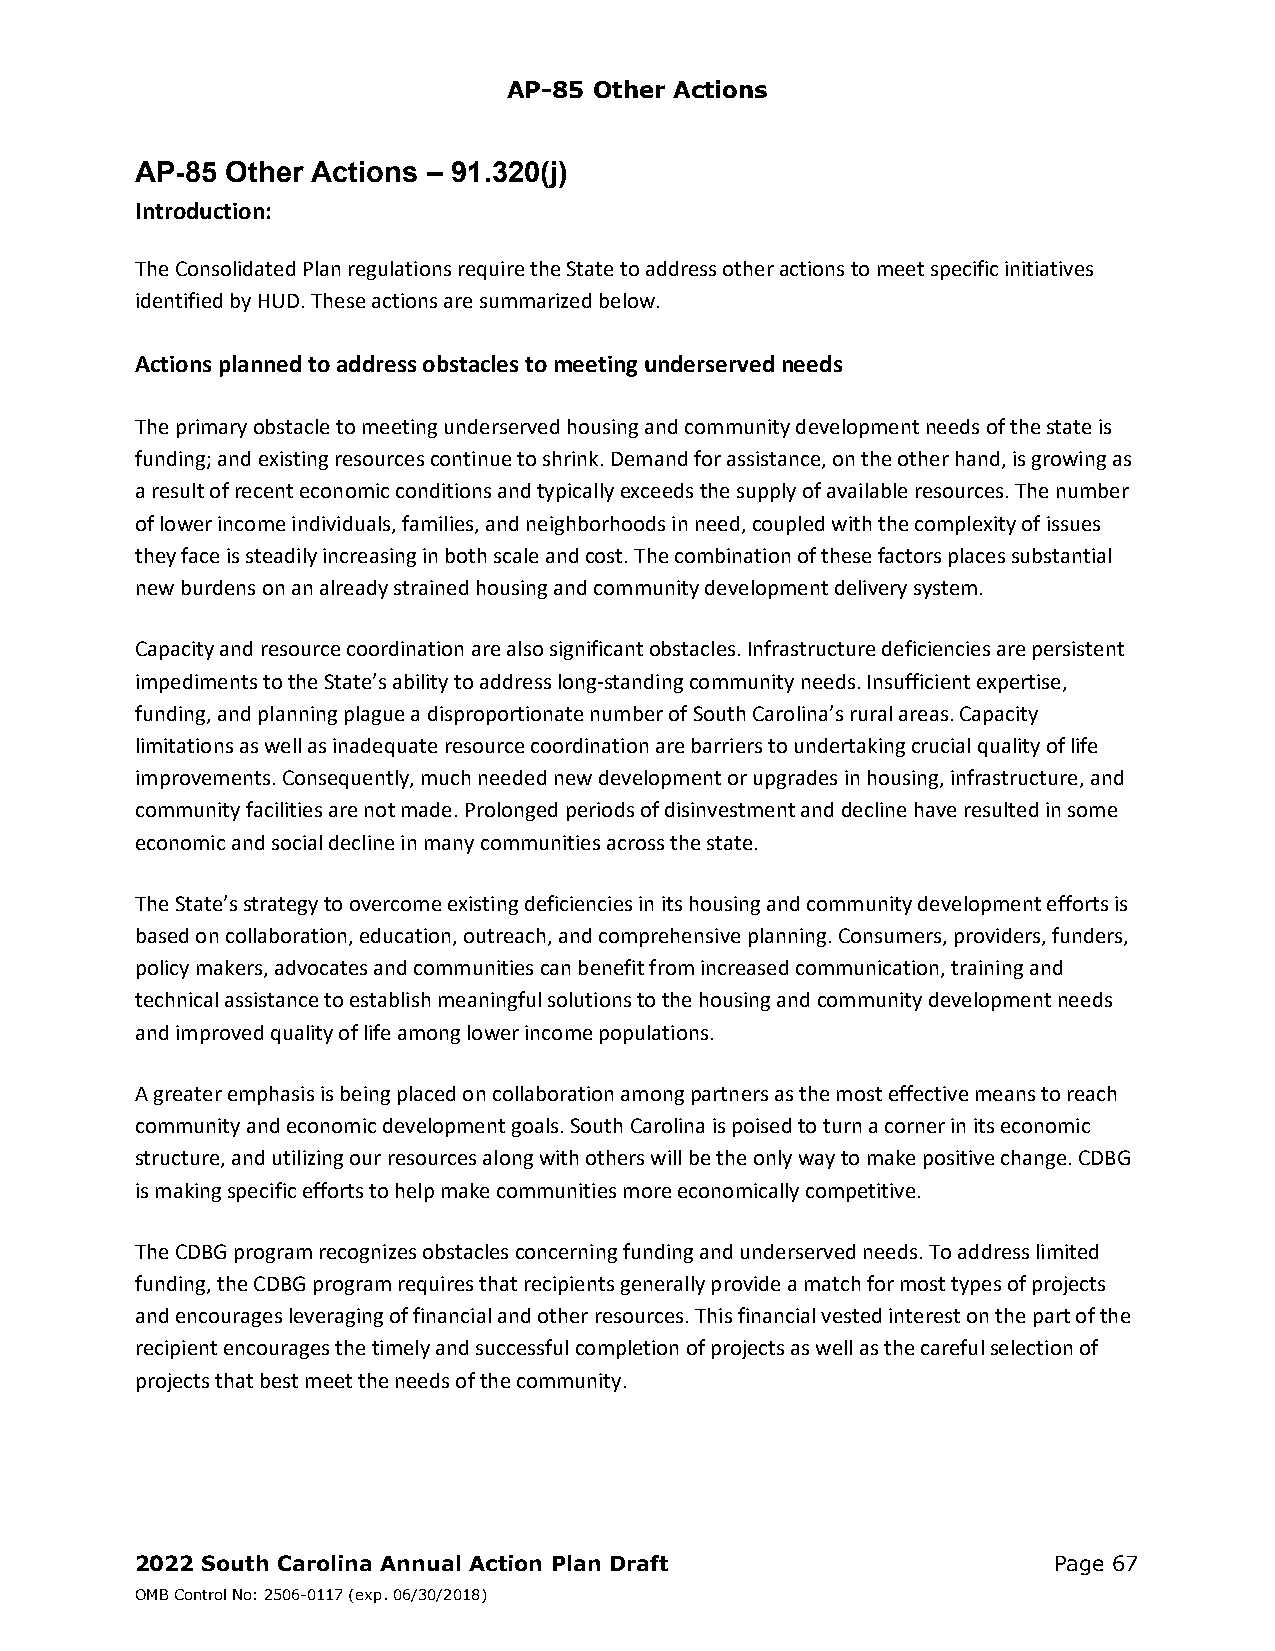
AP-85 Other Actions
 AP-85 Other Actions – 91.320(j)
 Introduction:
 The Consolidated Plan regulations require the State to address other actions to meet specific initiatives
 identified by HUD. These actions are summarized below.
 Actions planned to address obstacles to meeting underserved needs
 The primary obstacle to meeting underserved housing and community development needs of the state is
 funding; and existing resources continue to shrink. Demand for assistance, on the other hand, is growing as
 a result of recent economic conditions and typically exceeds the supply of available resources. The number
 of lower income individuals, families, and neighborhoods in need, coupled with the complexity of issues
 they face is steadily increasing in both scale and cost. The combination of these factors places substantial
 new burdens on an already strained housing and community development delivery system.
 Capacity and resource coordination are also significant obstacles. Infrastructure deficiencies are persistent
 impediments to the State’s ability to address long‐standing community needs. Insufficient expertise,
 funding, and planning plague a disproportionate number of South Carolina’s rural areas. Capacity
 limitations as well as inadequate resource coordination are barriers to undertaking crucial quality of life
 improvements. Consequently, much needed new development or upgrades in housing, infrastructure, and
 community facilities are not made. Prolonged periods of disinvestment and decline have resulted in some
 economic and social decline in many communities across the state.
 The State’s strategy to overcome existing deficiencies in its housing and community development efforts is
 based on collaboration, education, outreach, and comprehensive planning. Consumers, providers, funders,
 policy makers, advocates and communities can benefit from increased communication, training and
 technical assistance to establish meaningful solutions to the housing and community development needs
 and improved quality of life among lower income populations.
 A greater emphasis is being placed on collaboration among partners as the most effective means to reach
 community and economic development goals. South Carolina is poised to turn a corner in its economic
 structure, and utilizing our resources along with others will be the only way to make positive change. CDBG
 is making specific efforts to help make communities more economically competitive.
 The CDBG program recognizes obstacles concerning funding and underserved needs. To address limited
 funding, the CDBG program requires that recipients generally provide a match for most types of projects
 and encourages leveraging of financial and other resources. This financial vested interest on the part of the
 recipient encourages the timely and successful completion of projects as well as the careful selection of
 projects that best meet the needs of the community.
 2022 South Carolina Annual Action Plan Draft                 Page 67
 OMB Control No: 2506-0117 (exp. 06/30/2018)